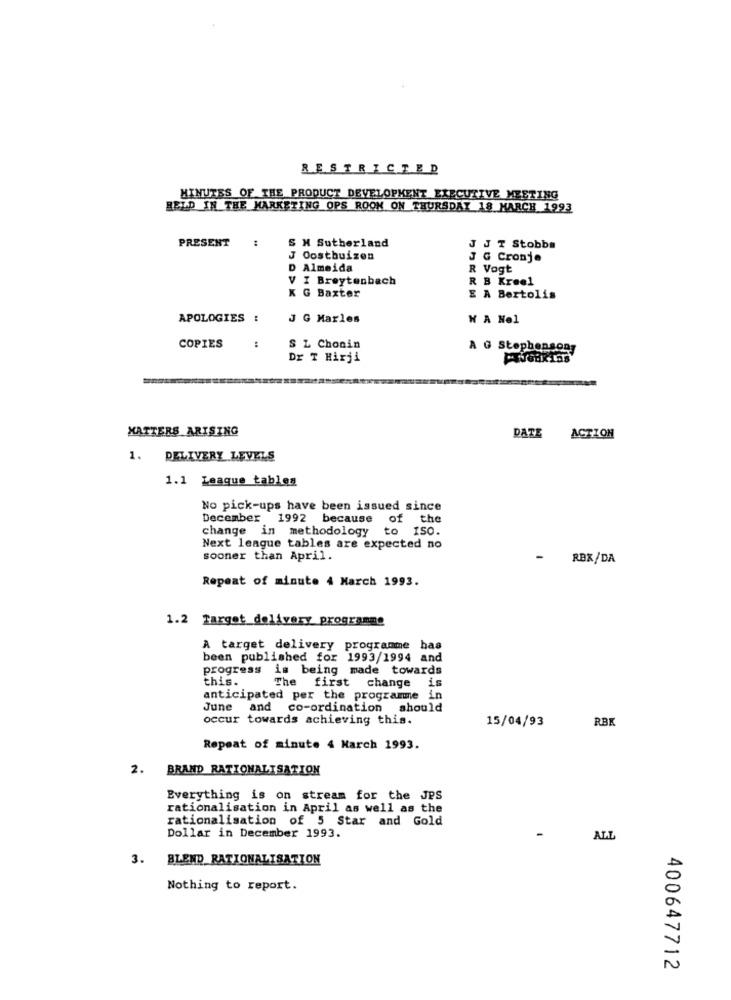
RESTRICTED
MINUTES OF THE PRODUCT DEVELOPMENT EXECUTIVE MEETING
HELD IN THE MARKETING OPS ROOK ON THURSDAY 18 MARCH 1993
PRESENT
:
S N Sutherland
J T Stobbs
J Oosthuizen
G Cronje
D Almeida
R Vogt
V I Breytenbach
R B Kreel
K G Baxter
E A Bertolis
APOLOGIES :
J G Marles
W A Nel
COPIES
:
S L Chonin
A G Stephensony
Dr T Hirji
MATTERS ARISING
DATE
ACTION
1. DELIVERY LEVELS
1.1 Leaque tablen
No pick-ups have been issued since
December 1992 because of the
change in methodology to ISO.
Next league tables are expected no
sooner than April.
-
RBK/DA
Repeat of minute 4 March 1993.
1.2 Target_delivery programme
A target delivery programme has
been published for 1993/1994 and
progress is being made towards
this.
is
The first change
anticipated per the programme in
June and co-ordination should
occur towards achieving this.
15/04/93
RBK
Repeat of minute 4 March 1993.
2. BRAND RATIONALISATION
Everything is on stream for the JPS
rationalisation in April as well as the
rationalisation of 5 Star and Gold
Dollar in December 1993.
ALI
3. BLEND RATIONALISATION
Nothing to report.
400647712